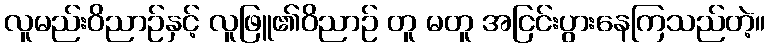
လူမည်းဝိညာဉ်နှင့် လူဖြူ၏ဝိညာဉ် တူ မတူ အငြင်းပွားနေကြသည်တဲ့။